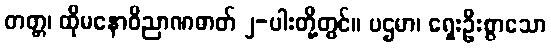
တတ္တ၊ ထိုမနောဝိညာဏဓာတ် ၂-ပါးတို့တွင်။ ပဌမာ၊ ရှေးဦးစွာသော